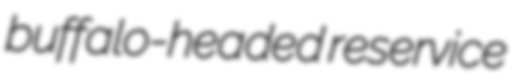
buffalo-headed reservice